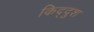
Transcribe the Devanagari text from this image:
किद्दुश